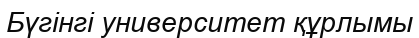
Бүгінгі университет құрлымы